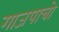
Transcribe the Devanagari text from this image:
गाजपाचो